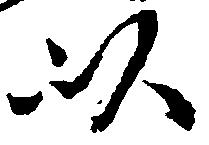
以